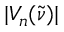
| V _ { n } ( \tilde { \nu } ) |